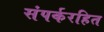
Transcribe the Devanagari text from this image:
संपर्करहित